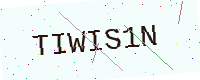
Text: TIWIS1N